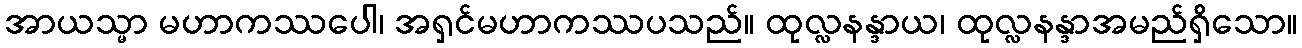
အာယသ္မာ မဟာကဿပေါ၊ အရှင်မဟာကဿပသည်။ ထုလ္လနန္ဒာယ၊ ထုလ္လနန္ဒာအမည်ရှိသော။